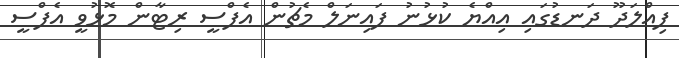
ފިއްލަދޫ ދަނޑުގައި އިއްޔެ ކުޅުނު ފައިނަލް މެޗުން އެފްސީ ރިޓާން މޮޅުވީ އެފްސީ